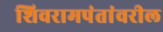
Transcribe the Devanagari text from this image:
शिवरामपंतांवरील